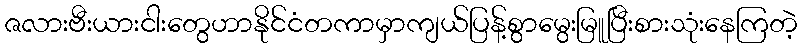
ဇလားဗီးယားငါးတွေဟာနိုင်ငံတကာမှာကျယ်ပြန့်စွာမွေးမြူပြီးစားသုံးနေကြတဲ့